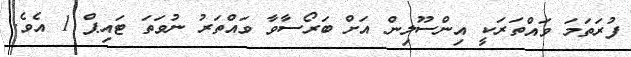
ފުރަތަމަ ވައްތަރަކީ އިންސޫލިން އަށް ބަރޯސާވާ ވައްތަރު ނުވަތަ ޓައިޕް 1 އެވެ.